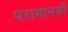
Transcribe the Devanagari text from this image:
परामानसी